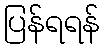
ပြန်ရရန်